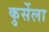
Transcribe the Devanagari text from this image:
कुर्सेला